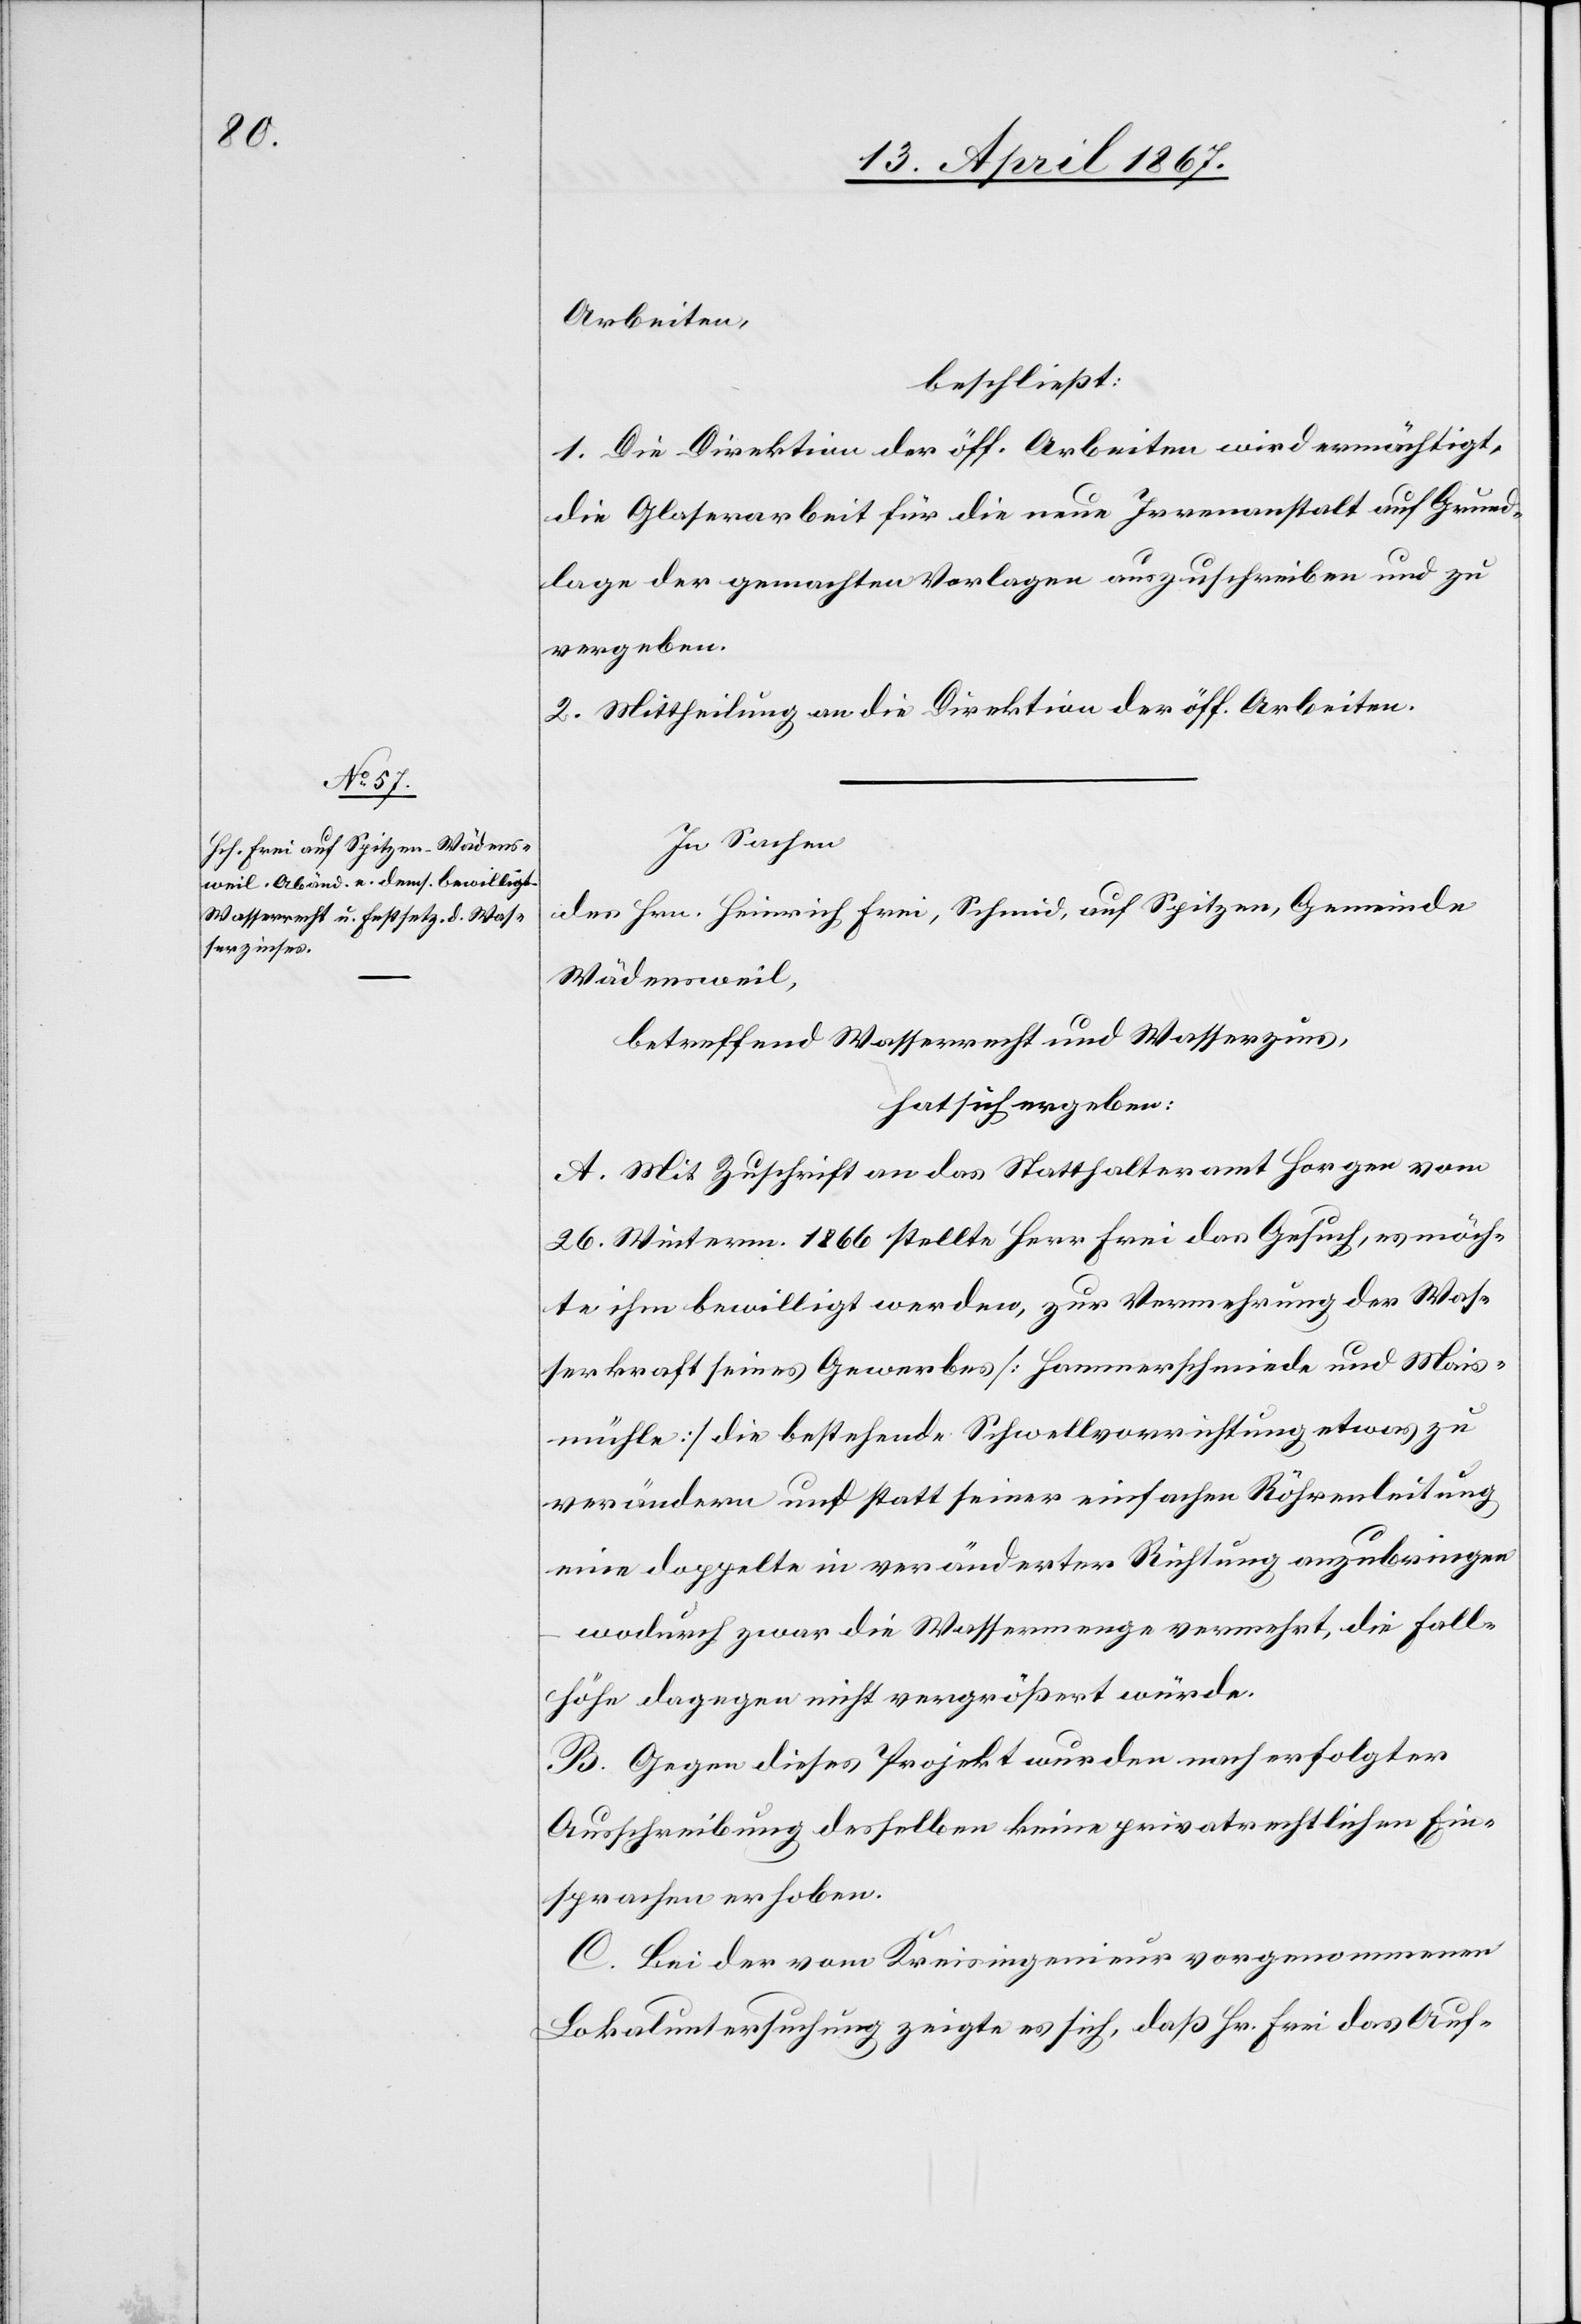
Arbeiten,
beschließt:
1. Die Direktion der öff. Arbeiten wird ermächtigt,
die Glaserarbeit für die neue Irrenanstalt auf Grund¬
lage der gemachten Vorlagen auszuschreiben und zu
vergeben.
2. Mittheilung an die Direktion der öff. Arbeiten.
In Sachen
des Hrn. Heinrich Frei, Schmid, auf Spitzen, Gemeinde
Wädensweil,
betreffend Wasserrecht und Wasserzins,
hat sich ergeben:
A. Mit Zuschrift an das Statthalteramt Horgen vom
26. Winterm. 1866 stellte Herr Frei das Gesuch, es möch¬
te ihm bewilligt werden, zur Vermehrung der Was¬
serkraft seines Gewerbes [Hammerschmiede und Mais¬
mühle] die bestehende Schwellvorrichtung etwas zu
verändern anstatt seiner einfachen Röhrenleitung
eine doppelte in veränderten Richtung anzubringen
wodurch zwar die Wassermenge vermehrt, die Fall¬
höhe dagegen nicht vergrößert würde.
B. Gegen dieses Projekt wurden nach erfolgter
Ausschreibung desselben keine privatrechtlichen Ein¬
sprachen erhoben.
C. Bei der vom Kreisingenieur vorgenommenen
Lokaluntersuchung zeigte es sich, daß Hr. Frei das Auf-